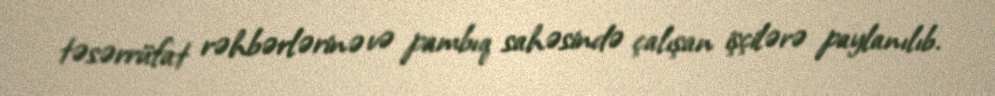
təsərrüfat rəhbərlərinə və pambıq sahəsində çalışan işçilərə paylanılıb.